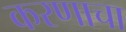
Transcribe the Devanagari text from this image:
करणाचा